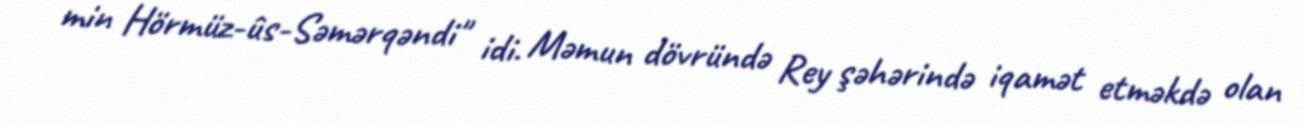
min Hörmüz-ûs-Səmərqəndi" idi. Məmun dövründə Rey şəhərində iqamət etməkdə olan